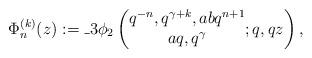
LaTeX: \begin{align*}\Phi_n^{(k)}(z):=\_3\phi_2\left(\begin{matrix}q^{-n},q^{\gamma+k},abq^{n+1}\\aq,q^\gamma\end{matrix};q,qz\right),\end{align*}